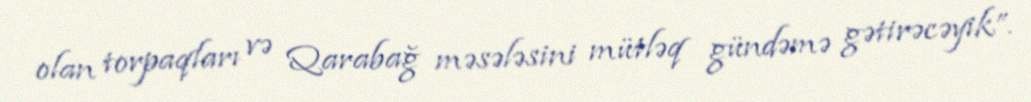
olan torpaqları və Qarabağ məsələsini mütləq gündəmə gətirəcəyik”.